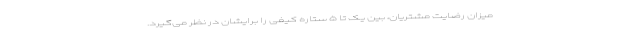
میزان رضایت مشتریان، بین یک تا ۵ ستاره کیفی را برایشان در نظر می‌گیرد.